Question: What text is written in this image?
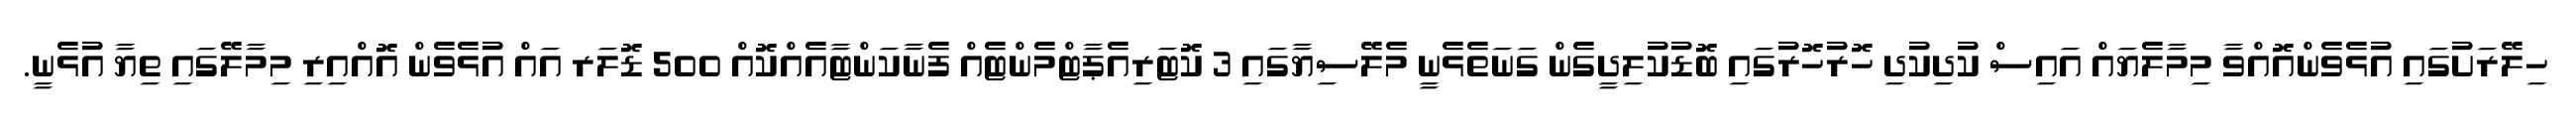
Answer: ހިލޭރަށުގައި އުޅެވެންއޮއްވާ މިމާލެޔައް އައިސް ކުދިކުދި ހޮރުހޮރުގައި ބޮޑުކުލިދީގެން ގަނަތެޅެނީ މެލޭސިޔާގައި 3 ކޮޓަރިއެޕާޓްމެންޓެއް ފެނާކަންޓާއެއްކޮއް 500 ޑޮލަރ އައް އުޅެވެން އޮއްއިރި މިމާލޭގައި ތިޔާ އުޅެނީ.